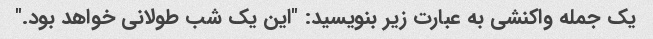
یک جمله واکنشی به عبارت زیر بنویسید: "این یک شب طولانی خواهد بود."